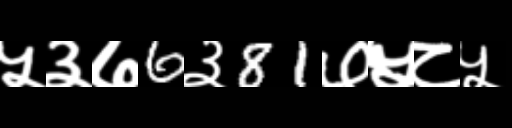
Text: ५३७6३81७५८५